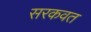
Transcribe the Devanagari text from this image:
सरकवत